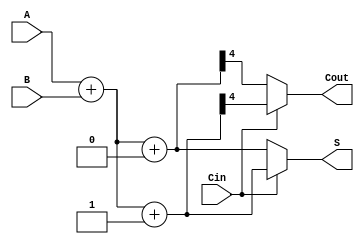
module CarrySelectAdder (
    input [3:0] A,      // 4-bit input A
    input [3:0] B,      // 4-bit input B
    input Cin,          // Carry-in
    output [4:0] S,     // 5-bit output sum (4 bits + carry out)
    output Cout         // Carry-out
);
    wire [3:0] S0, S1;  // Sums for Cin = 0 and Cin = 1
    wire Cout0, Cout1;  // Carry-outs for Cin = 0 and Cin = 1

    // Low Carry Block (when Cin = 0)
    assign {Cout0, S0} = A + B + 1'b0;

    // High Carry Block (when Cin = 1)
    assign {Cout1, S1} = A + B + 1'b1;

    // Select logic based on Cin
    assign S = (Cin == 1'b0) ? {Cout0, S0} : {Cout1, S1};
    assign Cout = (Cin == 1'b0) ? Cout0 : Cout1;

endmodule